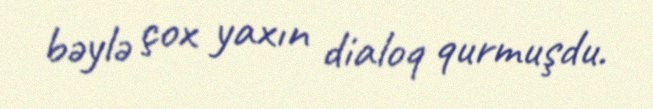
bəylə çox yaxın dialoq qurmuşdu.